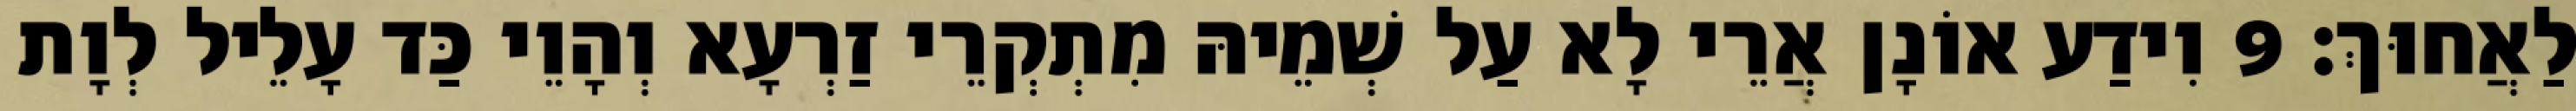
לַאֲחוּךְ׃ 9 וִידַע אוֹנָן אֲרֵי לָא עַל שְׁמֵיהּ מִתְקְרֵי זַרְעָא וְהָוֵי כַּד עָלֵיל לְוָת